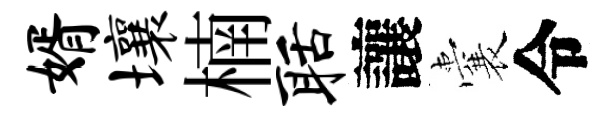
婿壤楠聒讓囊令